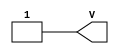
module VCC (output V);
   assign V = 1'b1;
endmodule